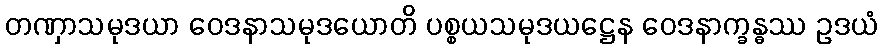
တဏှာသမုဒယာ ဝေဒနာသမုဒယောတိ ပစ္စယသမုဒယဋ္ဌေန ဝေဒနာက္ခန္ဓဿ ဥဒယံ